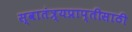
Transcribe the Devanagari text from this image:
स्वातंत्र्यप्राप्तीसाठी